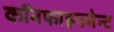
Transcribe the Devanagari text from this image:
कॉनफाइनमेन्ट